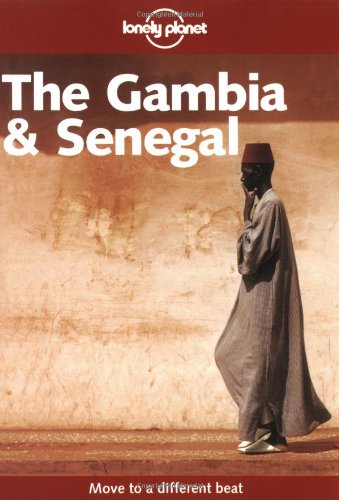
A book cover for Lonely Planet The Gambia and Senegal; Andrew Burke; Travel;